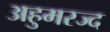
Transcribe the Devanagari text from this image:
अहुमरज्द